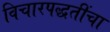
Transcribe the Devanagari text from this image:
विचारपद्धतींचा